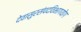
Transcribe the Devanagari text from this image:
देवासुरसंपदविभागयोग